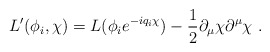
\begin{align*}L'(\phi_i,\chi) = L(\phi_i e^{-iq_i\chi}) - \frac{1}{2} \partial_\mu\chi \partial^\mu \chi\ .\end{align*}